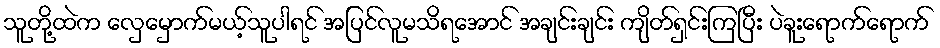
သူတို့ထဲက လှေမှောက်မယ့်သူပါရင် အပြင်လူမသိရအောင် အချင်းချင်း ကျိတ်ရှင်းကြပြီး ပဲခူးရောက်ရောက်